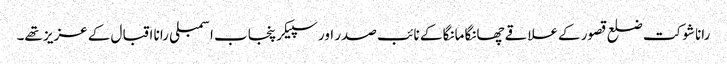
رانا شوکت ضلع قصور کےعلاقے چھانگا مانگا کے نائب صدر اور سپیکر پنجاب اسمبلی رانا اقبال کے عزیز تھے۔